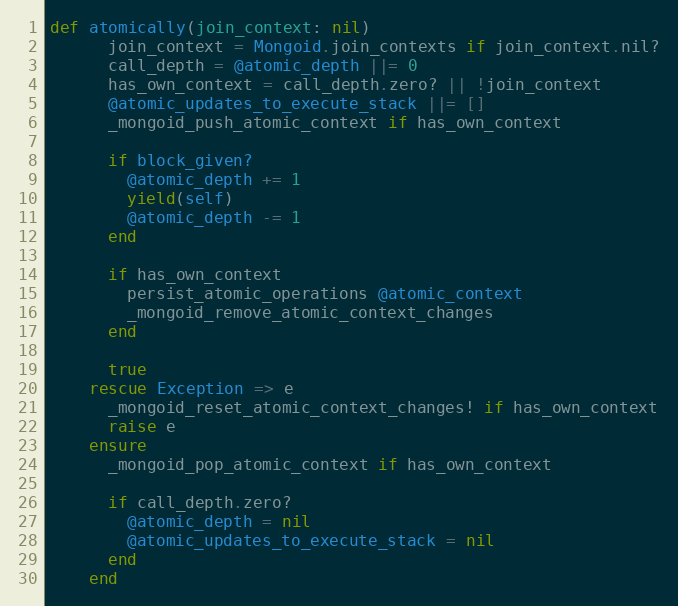
Language: Ruby
def atomically(join_context: nil)
      join_context = Mongoid.join_contexts if join_context.nil?
      call_depth = @atomic_depth ||= 0
      has_own_context = call_depth.zero? || !join_context
      @atomic_updates_to_execute_stack ||= []
      _mongoid_push_atomic_context if has_own_context

      if block_given?
        @atomic_depth += 1
        yield(self)
        @atomic_depth -= 1
      end

      if has_own_context
        persist_atomic_operations @atomic_context
        _mongoid_remove_atomic_context_changes
      end

      true
    rescue Exception => e
      _mongoid_reset_atomic_context_changes! if has_own_context
      raise e
    ensure
      _mongoid_pop_atomic_context if has_own_context

      if call_depth.zero?
        @atomic_depth = nil
        @atomic_updates_to_execute_stack = nil
      end
    end